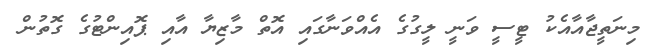
މިނަތީޖާއާއެކު ޓީސީ ވަނީ ލީގުގެ އެއްވަނާގައި އޮތް މާޒިޔާ އާއި ޕޮއިންޓުގެ ގޮތުން